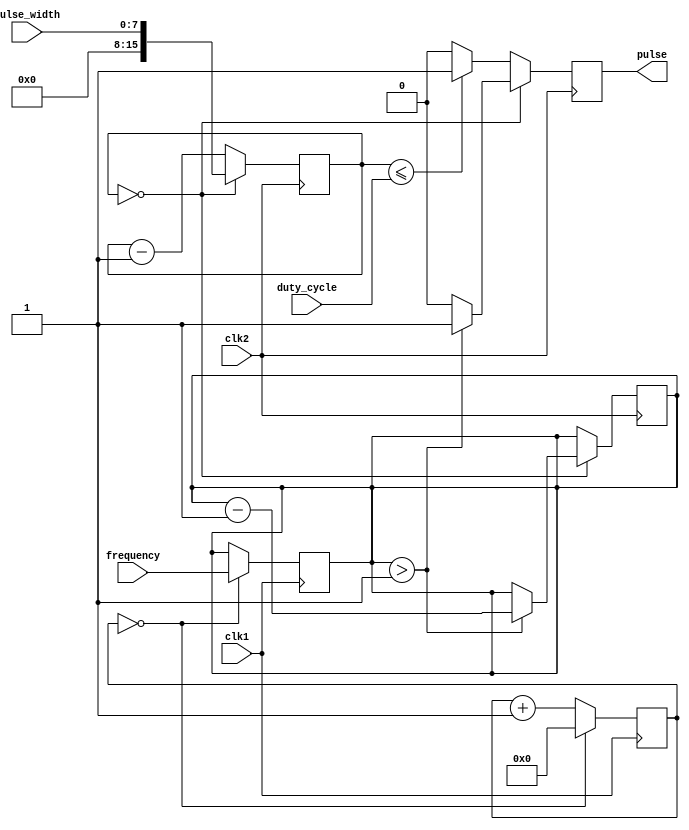
module ProgrammablePulseGenerator (
    input wire clk1,
    input wire clk2,
    input wire [7:0] pulse_width,
    input wire [7:0] frequency,
    input wire [7:0] duty_cycle,
    output reg pulse
);

reg [15:0] count1;
reg [15:0] count2;
reg [7:0] pulse_count;
reg pulse_output;

always @(posedge clk1) begin
    if (count1 == 16'b0) begin
        pulse_count <= frequency;
        count1 <= 16'b0;
    end else begin
        count1 <= count1 + 1;
    end
end

always @(posedge clk2) begin
    if (count2 == 16'b0) begin
        if (pulse_count > 8'd1) begin
            pulse_output <= 1'b1;
            pulse_count <= pulse_count - 1;
        end else begin
            pulse_output <= 1'b0;
        end
        count2 <= pulse_width;
    end else if (count2 <= duty_cycle) begin
        pulse_output <= 1'b1;
        count2 <= count2 - 1;
    end else begin
        pulse_output <= 1'b0;
        count2 <= count2 - 1;
    end
end

assign pulse = pulse_output;

endmodule